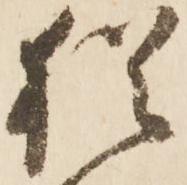
猶